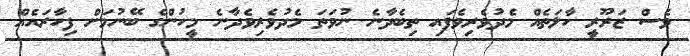
ވެސް ޒަރޫރީ ހާލަތެއް މެދުވެރިވެފައި ތިބެދާނެ ނުވަތަ މެދުވެރިވެދާނެ މީހުންގެ ބޭނުމަށް ފިހާރައެއް